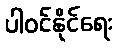
ပါဝင်နိုင်ရေး